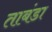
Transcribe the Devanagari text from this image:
ताबंडा